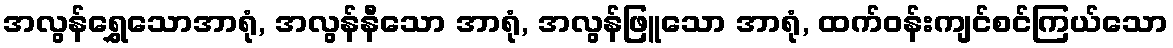
အလွန်ရွှေသောအာရုံ, အလွန်နီသော အာရုံ, အလွန်ဖြူသော အာရုံ, ထက်ဝန်းကျင်စင်ကြယ်သော